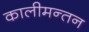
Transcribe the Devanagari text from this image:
कालीमन्तन